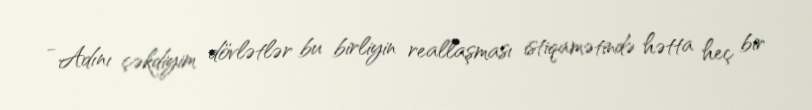
- Adını çəkdiyim dövlətlər bu birliyin reallaşması istiqamətində hətta heç bir